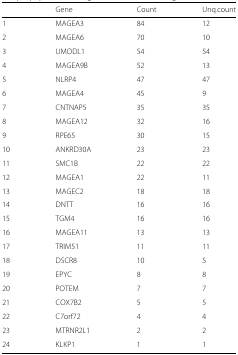
|  | Gene | Count | Unq.count |
 | --- | --- | --- | --- |
 | 1 | MAGEA3 | 84 | 12 |
 | 2 | MAGEA6 | 70 | 10 |
 | 3 | UMODL1 | 54 | 54 |
 | 4 | MAGEA9B | 52 | 13 |
 | 5 | NLRP4 | 47 | 47 |
 | 6 | MAGEA4 | 45 | 9 |
 | 7 | CNTNAP5 | 35 | 35 |
 | 8 | MAGEA12 | 32 | 16 |
 | 9 | RPE65 | 30 | 15 |
 | 10 | ANKRD30A | 23 | 23 |
 | 11 | SMC1B | 22 | 22 |
 | 12 | MAGEA1 | 22 | 11 |
 | 13 | MAGEC2 | 18 | 18 |
 | 14 | DNTT | 16 | 16 |
 | 15 | TGM4 | 16 | 16 |
 | 16 | MAGEA11 | 13 | 13 |
 | 17 | TRIM51 | 11 | 11 |
 | 18 | DSCR8 | 10 | 5 |
 | 19 | EPYC | 8 | 8 |
 | 20 | POTEM | 7 | 7 |
 | 21 | COX7B2 | 5 | 5 |
 | 22 | C7orf72 | 4 | 4 |
 | 23 | MTRNR2L1 | 2 | 2 |
 | 24 | KLKP1 | 1 | 1 |